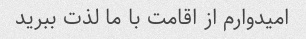
امیدوارم از اقامت با ما لذت ببرید